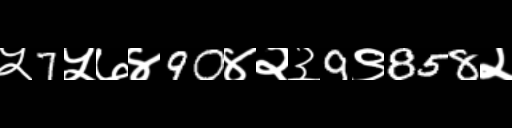
Text: ५7५७४90४२३9९858२